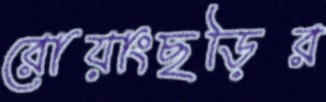
রোয়াংছড়ির